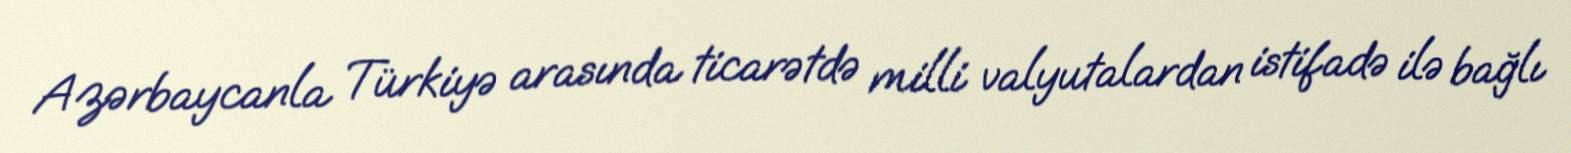
Azərbaycanla Türkiyə arasında ticarətdə milli valyutalardan istifadə ilə bağlı